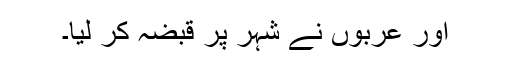
اور عربوں نے شہر پر قبضہ کر لیا۔